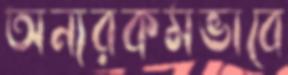
অন্যরকমভাবে